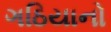
ગઠિયાનો